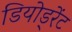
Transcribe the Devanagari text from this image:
डियोड्रेंट